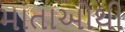
માતાઓથી